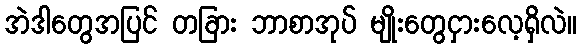
အဲဒါတွေအပြင် တခြား ဘာစာအုပ် မျိုးတွေငှားလေ့ရှိလဲ။